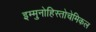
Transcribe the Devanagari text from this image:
इम्मुनोहिस्तोचेमिकल